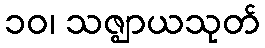
၁၀၊ သဇ္ဈာယသုတ်